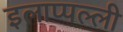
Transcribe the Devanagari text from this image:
इलाप्पल्ली